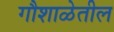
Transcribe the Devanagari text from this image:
गौशाळेतील